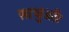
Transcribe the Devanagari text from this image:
साधुआँ।